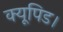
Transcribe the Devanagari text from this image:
क्यूपिड।